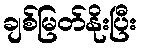
ချစ်မြတ်နိုးပြီး